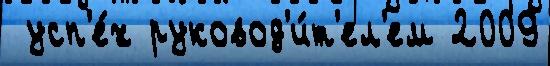
 усп'е́х руковод'и́т'ел'ем 2009